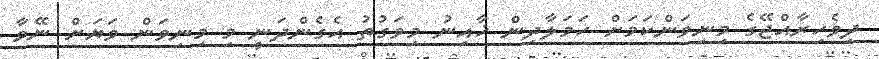
ދިވެހިރާއްޖޭގެ މިނިވަންކަމަށް ހަމަލާދިން ޚާއިނު މިވަގުތު އެގެންދަނީ މި މިނިވަން ވަޔަށް ނޭވާ